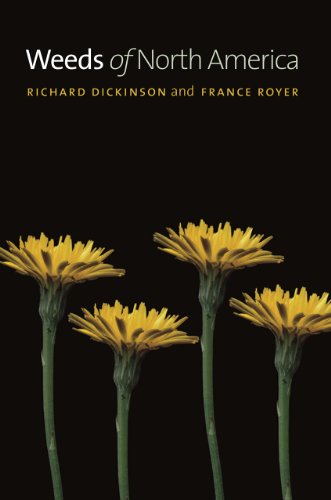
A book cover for Weeds of North America; Richard Dickinson; Science & Math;